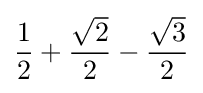
{\frac {1}{2}}+{\frac {\sqrt {2}}{2}}-{\frac {\sqrt {3}}{2}}